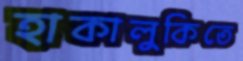
হাকালুকিতে